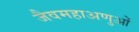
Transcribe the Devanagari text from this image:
जैवमहाअणुओं